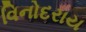
વિનોદરાય